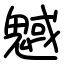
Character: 魊